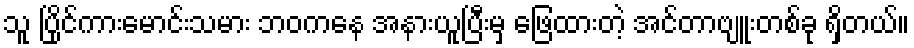
သူ ပြိုင်ကားမောင်းသမား ဘဝကနေ အနားယူပြီးမှ ဖြေထားတဲ့ အင်တာဗျူးတစ်ခု ရှိတယ်။